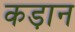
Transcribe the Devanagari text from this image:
कड़ान